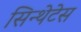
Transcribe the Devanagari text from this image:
सिन्थेटेस